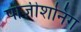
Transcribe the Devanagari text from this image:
पोज़ीशनिंग